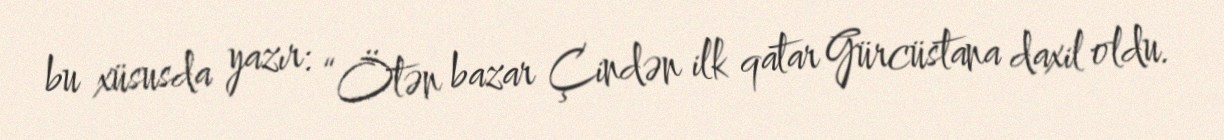
bu xüsusda yazır: “Ötən bazar Çindən ilk qatar Gürcüstana daxil oldu.